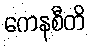
ကေနစီတိ